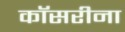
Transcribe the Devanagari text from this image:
कॉसरीना